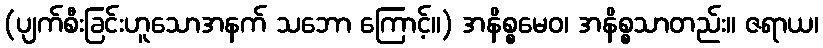
(ပျက်စီးခြင်းဟူသောအနက် သဘော ကြောင့်။) အနိစ္စမေဝ၊ အနိစ္စသာတည်း။ ဇရာယ၊